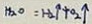
H _ { 2 } O = H _ { 2 } \uparrow + O _ { 2 } \uparrow